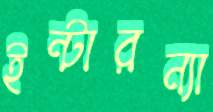
ইন্টারন্যা